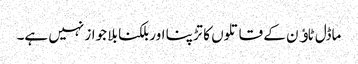
ماڈل ٹاﺅن کے قاتلوں کا تڑپنا اور بلکنا بلا جواز نہیں ہے۔